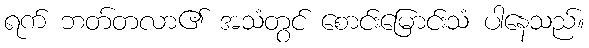
ရက် ဘတ်တလာ၏ အသံတွင် စောင်းမြောင်းသံ ပါနေသည်။